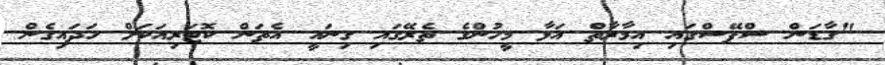
"ގާޑަން ސްޕޭސްގައި އިމާރާތް އަޅާ މީހުންގެ ތެރޭގައި ގިނައީ އެތަން ކޮޓަރިއަކަށް ހަދައިގެން